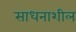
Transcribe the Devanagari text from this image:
साधनाशील